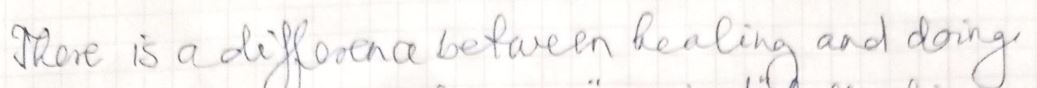
There is a difference between healing and doing